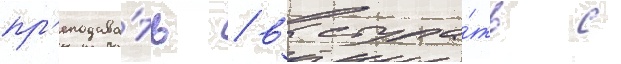
пр'еподава́ть / выступа́ть с